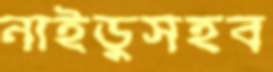
নাইডুসহব